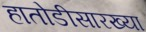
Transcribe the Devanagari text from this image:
हातोडीसारख्या